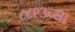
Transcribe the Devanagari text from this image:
८८९३च्या